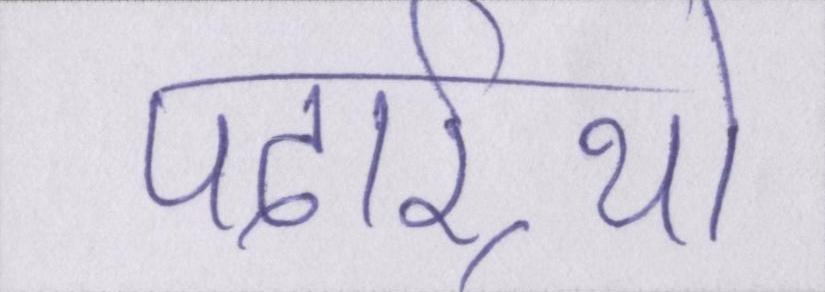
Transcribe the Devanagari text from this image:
पदार्र्थो